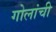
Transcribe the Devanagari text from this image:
गोलांची